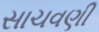
સાચવણી